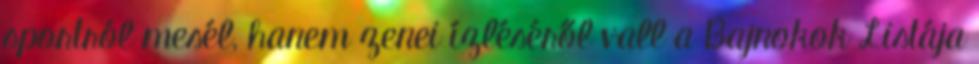
sportról mesél, hanem zenei ízléséről vall a Bajnokok Listája